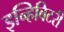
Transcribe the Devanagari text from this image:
इन्हिबिटरी